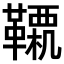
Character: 𩍊